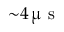
{ \sim } 4 \, \upmu \mathrm { ~ s ~ }